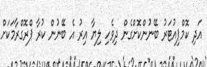
އަދި ކޮމްޕިއުޓަރު ބޭނުންކޮށްގެން ދިވެހި ލިޔާ އިރު އެ ބޭނުން ކުރާ ޕްރޮގްރާމަކަށް